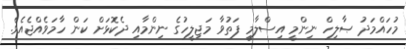
މުހައްމަދު ޞާލިހް ނިންމީ އިސްލާމީ ފަތުވާ މަޖިލީހުގެ ނިންމާއި ދެކޮޅަށް ކަން ހާމަވެއްޖެއެވެ.